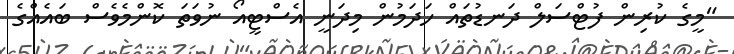
"މީގެ ކުރިން ފުޓްސަލް ދަނޑުތައް ހަދަމުން މިދަނީ އެސްޓީއޯ ނުވަތަ ކޮންމެވެސް ބައެއްގެ